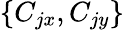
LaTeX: \left\{ C_{jx},C_{jy}\right\}